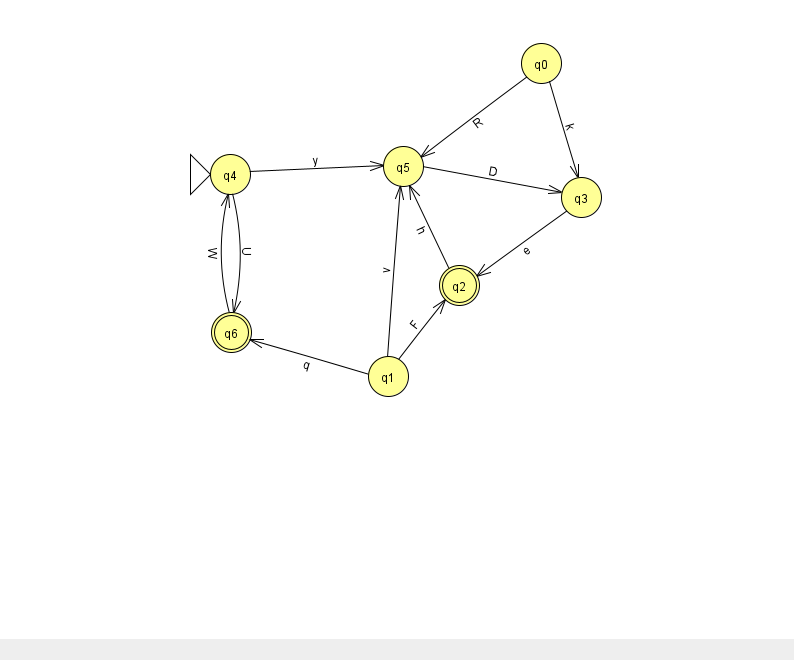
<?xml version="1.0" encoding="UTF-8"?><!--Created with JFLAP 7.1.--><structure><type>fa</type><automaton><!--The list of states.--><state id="0" name="q0"><x>541.0</x><y>50.0</y></state><state id="1" name="q1"><x>388.0</x><y>363.0</y></state><state id="2" name="q2"><x>459.0</x><y>272.0</y><final/></state><state id="3" name="q3"><x>581.0</x><y>184.0</y></state><state id="4" name="q4"><x>230.0</x><y>161.0</y><initial/></state><state id="5" name="q5"><x>403.0</x><y>153.0</y></state><state id="6" name="q6"><x>231.0</x><y>319.0</y><final/></state><!--The list of transitions.--><transition><from>0</from><to>3</to><read>k</read></transition><transition><from>1</from><to>5</to><read>v</read></transition><transition><from>6</from><to>4</to><read>W</read></transition><transition><from>1</from><to>2</to><read>F</read></transition><transition><from>4</from><to>6</to><read>U</read></transition><transition><from>0</from><to>5</to><read>R</read></transition><transition><from>4</from><to>5</to><read>y</read></transition><transition><from>5</from><to>3</to><read>D</read></transition><transition><from>2</from><to>5</to><read>h</read></transition><transition><from>3</from><to>2</to><read>e</read></transition><transition><from>1</from><to>6</to><read>q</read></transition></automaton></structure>